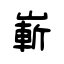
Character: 嶄